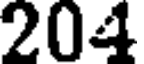
204